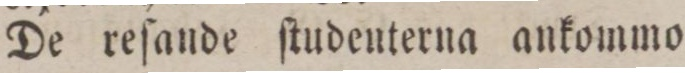
De reſande ſtudenterna ankommo